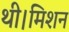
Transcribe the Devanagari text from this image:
थी।मिशन